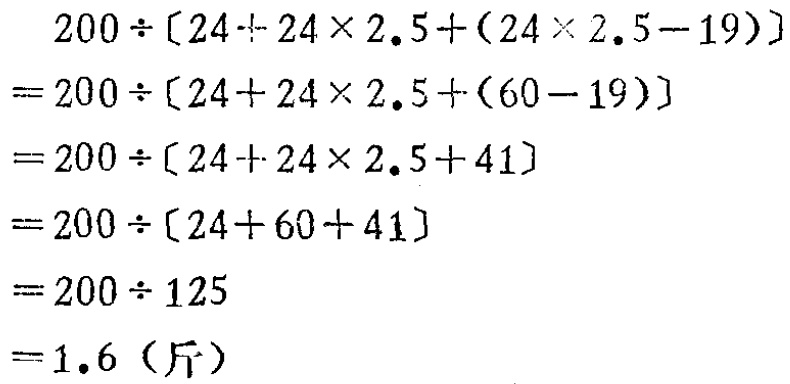
\[
\begin{align*}
&200\div[24 + 24\times2.5+(24\times2.5 - 19)]\\
=&200\div[24 + 24\times2.5+(60 - 19)]\\
=&200\div[24 + 24\times2.5+41]\\
=&200\div[24 + 60+41]\\
=&200\div125\\
=&1.6 (\text{斤})
\end{align*}
\]